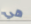
هي